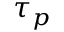
\tau _ { p }